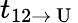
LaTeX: t_{12\rightarrow\mathrm{~U~}}